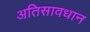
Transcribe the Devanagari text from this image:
अतिसावधान